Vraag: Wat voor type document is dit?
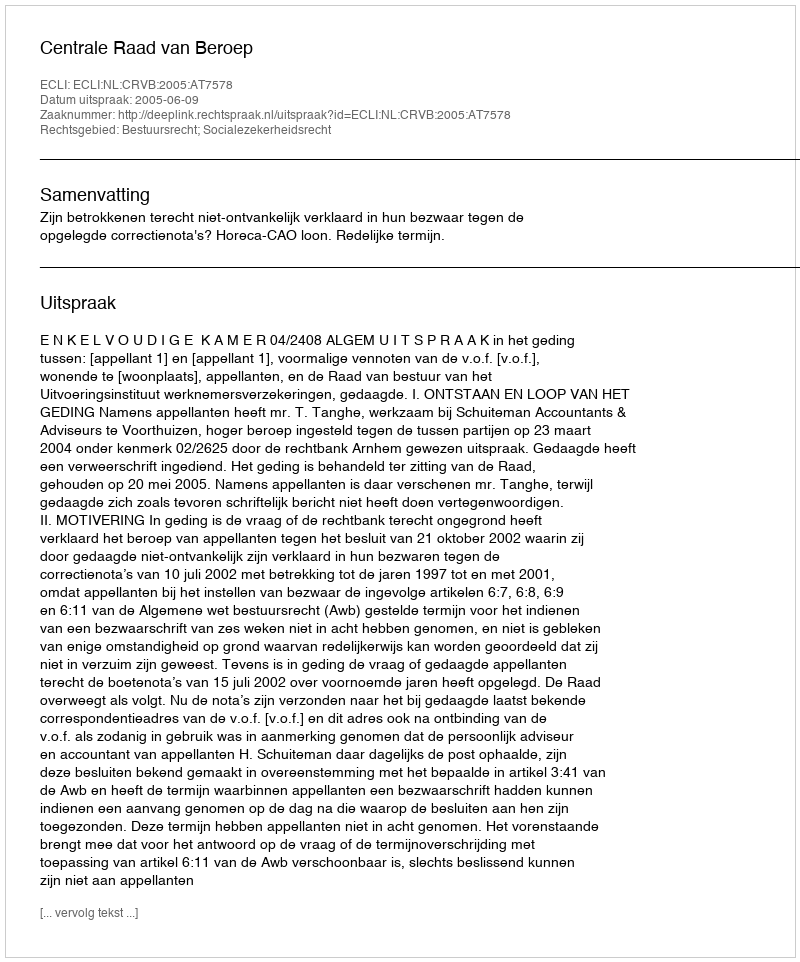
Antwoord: Uitspraak